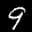
Label: 9